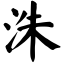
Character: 洙